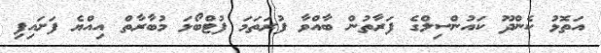
އަތޮޅު ކެންދޫ ކައުންސިލްގެ ފަރާތުން ބާއްވާ ފުރަތަމަ ފުޓްބޯޅަ މުބާރާތް އިއްޔެ ފަށައިފި